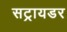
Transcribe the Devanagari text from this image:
सट्रायडर